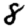
Digit: 8